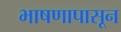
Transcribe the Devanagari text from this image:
भाषणापासून